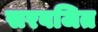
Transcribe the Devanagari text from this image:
सरबजित